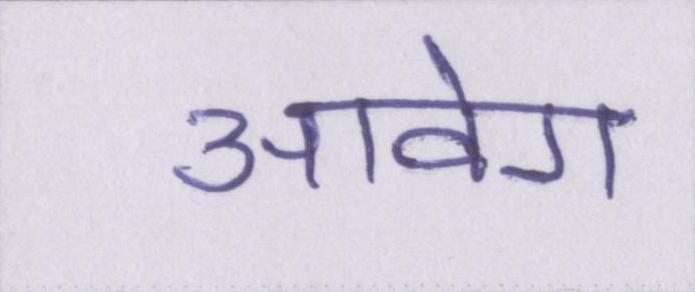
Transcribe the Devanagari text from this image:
आवेग